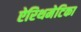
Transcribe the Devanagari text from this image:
ऐरिथमेटिका